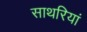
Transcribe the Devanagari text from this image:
साथरियां